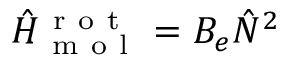
\hat { H } _ { \mathrm { ~ m ~ o ~ l ~ } } ^ { \mathrm { ~ r ~ o ~ t ~ } } = B _ { e } \hat { N } ^ { 2 }